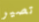
تصير